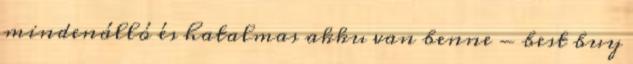
mindenálló és hatalmas akku van benne - best buy